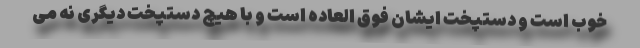
خوب است و دستپخت ایشان فوق العاده است و با هیچ دستپخت دیگری نه می